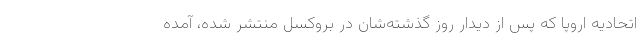
اتحادیه اروپا که پس از دیدار روز گذشته‌شان در بروکسل منتشر شده، آمده